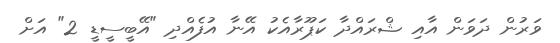
ވަރުން ދަވަން އާއި ޝްރައްދާ ކަޕޫރާއެކު އޭނާ އުފެއްދި "އޭބީސީޑީ 2" އަށް